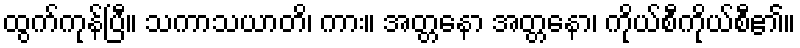
ထွက်ကုန်ပြီ။ သကာသယာတိ၊ ကား။ အတ္တနော အတ္တနော၊ ကိုယ်စီကိုယ်စီ၏။